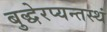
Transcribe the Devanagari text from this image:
बुद्धेरप्यन्तस्थं